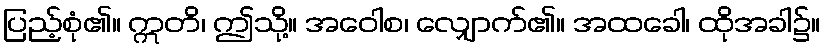
ပြည့်စုံ၏။ ဣတိ၊ ဤသို့။ အဝေါစ၊ လျှောက်၏။ အထခေါ၊ ထိုအခါ၌။